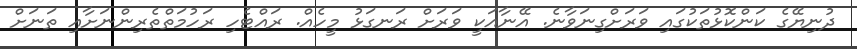
ދުނިޔޭގެ ކަންކޮޅުތަކުގައި ވަރަށްގިނަވާނެ. އޭނާއަކީ ވަރަށް ރަނގަޅު މީހެއް. ރައްޓެހި ރަހުމަތްތެރިންނަށާއި ތަނަށް